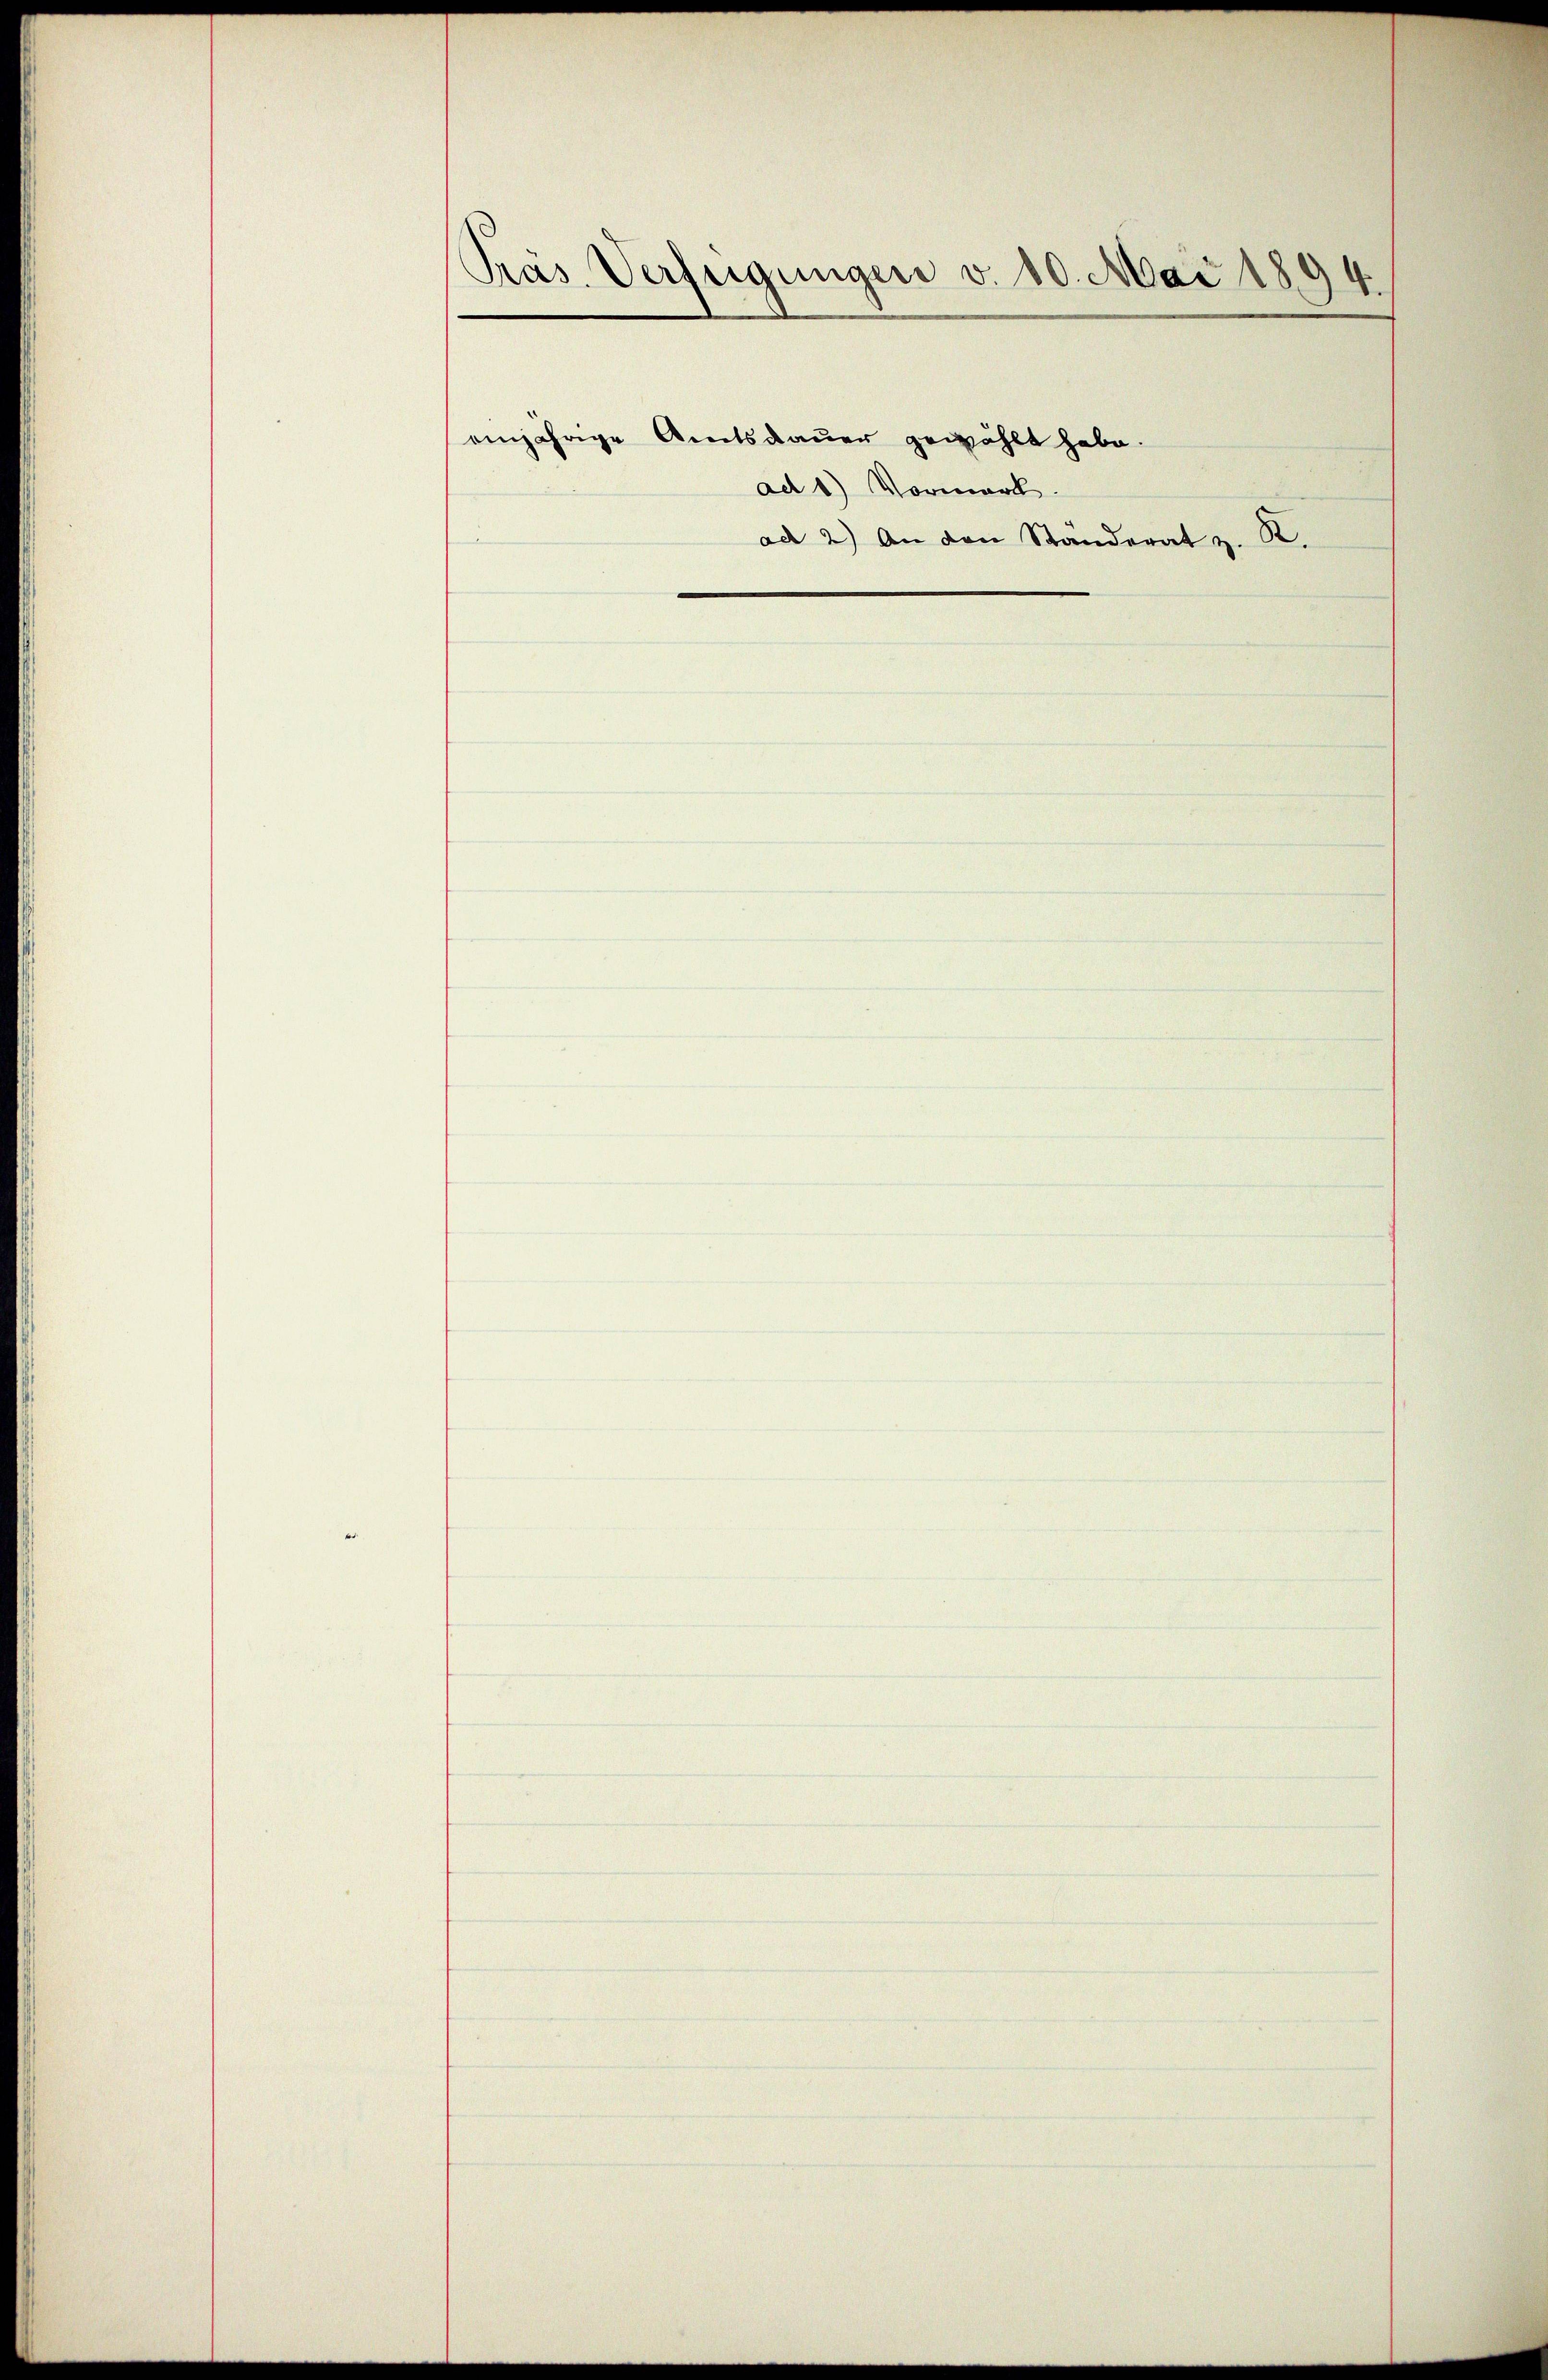
Präs. Verfügungen v. 10. Mai 1894.
einjährige Amtsdauer gewählt habe.
ad 1) Vormerk.
ad 2.) An den Standerat z. R.